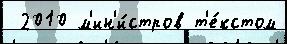
 2010 м'ин'и́стров т'е́кстом